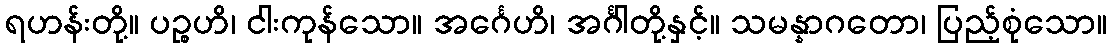
ရဟန်းတို့။ ပဉ္စဟိ၊ ငါးကုန်သော။ အင်္ဂေဟိ၊ အင်္ဂါတို့နှင့်။ သမန္နာဂတော၊ ပြည့်စုံသော။